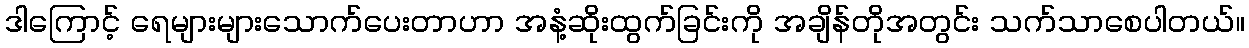
ဒါကြောင့် ရေများများသောက်ပေးတာဟာ အနံ့ဆိုးထွက်ခြင်းကို အချိန်တိုအတွင်း သက်သာစေပါတယ်။